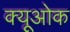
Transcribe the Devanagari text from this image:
क्यूओक